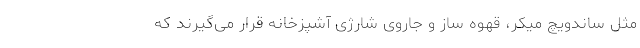
مثل ساندویچ میکر، قهوه ساز و جاروی شارژی آشپزخانه قرار می‌گیرند که